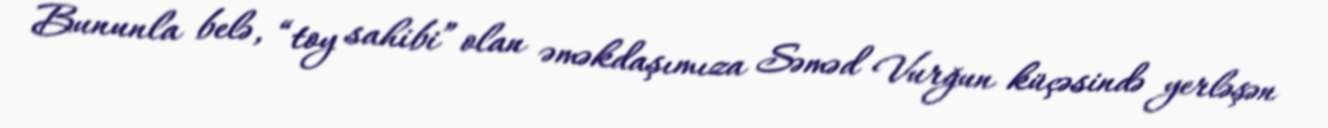
Bununla belə, “toy sahibi” olan əməkdaşımıza Səməd Vurğun küçəsində yerləşən